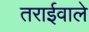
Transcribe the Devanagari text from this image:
तराईवाले